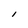
Character: I